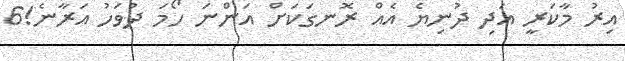
އިރު މާކަރީ އަދި ދުނިޔެ އެއް ރޮނގަކަށް އަންނަ ހޯމަ ދުވަހު އަރާނެ!6